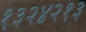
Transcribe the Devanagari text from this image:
१३२४२१३